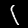
Label: 1